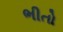
ભીતો